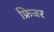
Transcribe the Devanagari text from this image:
फ्रिजर